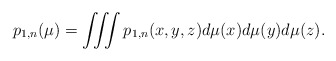
\begin{align*}p_{1,n}(\mu)=\iiint p_{1,n}(x,y,z) d \mu (x)d \mu (y) d \mu (z).\end{align*}